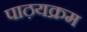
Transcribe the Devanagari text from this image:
पाठ़यक्रम